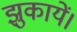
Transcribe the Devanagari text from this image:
झुकायें।